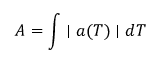
A = \int \mid a ( T ) \mid d T